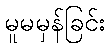
မူမမှန်ခြင်း